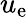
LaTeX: u_{\mathrm{e}}